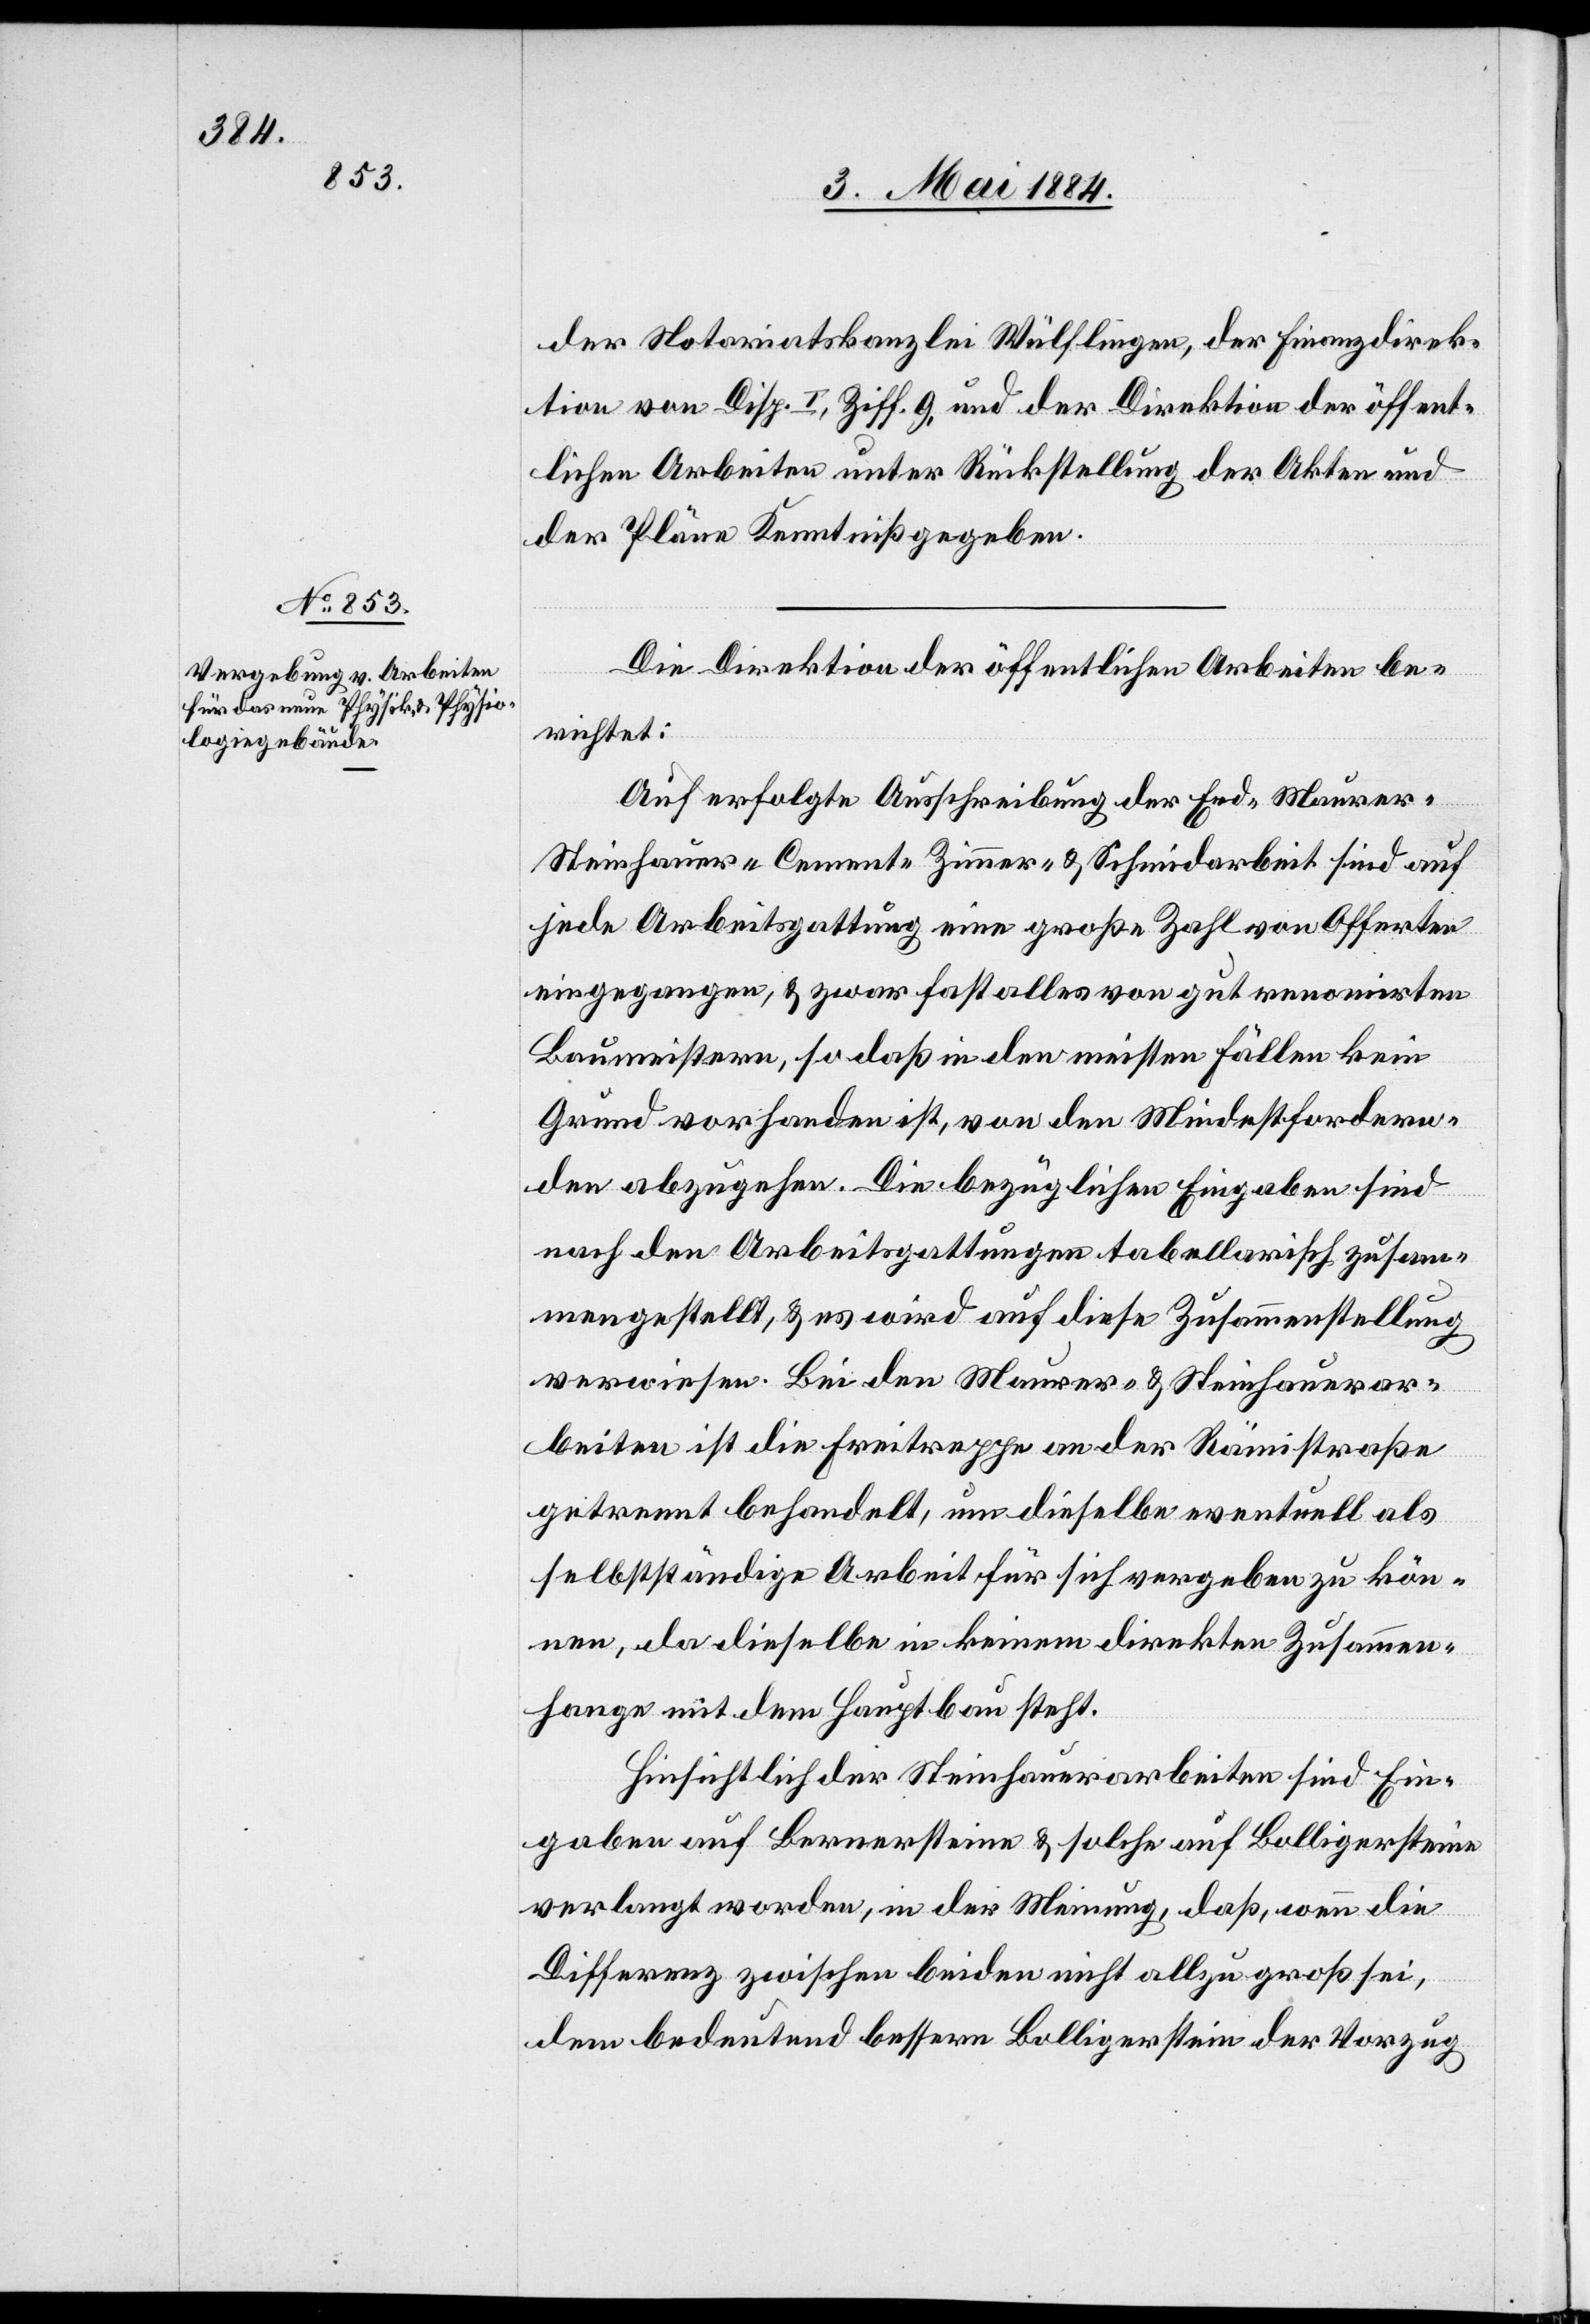
der Notariatskanzlei Wülflingen, der Finanzdirek¬
tion von Disp. I, Ziff. 9. und der Direktion der öffent¬
lichen Arbeiten unter Rückstellung der Akten und
der Pläne Kenntniß gegeben.
Die Direktion der öffentlichen Arbeiten be¬
richtet:
Auf erfolgte Ausschreibung der Erd-[,] Maurer-[,]
Steinhauer-[,] Cement-[,] Zimmer- & Schmidarbeit sind auf
jede Arbeitsgattung eine große Zahl von Offerten
eingegangen, & zwar fast alles von gut renomirten
Baumeistern, so daß in den meisten Fällen kein
Grund vorhanden ist, von den Mindestfordern¬
den abzugehen. Die bezüglichen Eingaben sind
nach den Arbeitsgattungen tabellarisch zusam¬
mengestellt, & es wird auf diese Zusammenstellung
verwiesen. Bei den Maurer- & Steinhauerar¬
beiten ist die Freitreppe an der Rämistraße
getrennt behandelt, um dieselbe eventuell als
selbstständige Arbeit für sich vergeben zu kön¬
nen, da dieselbe in keinem direkten Zusammen¬
hange mit dem Hauptbau steht.
Hinsichtlich der Steinhauerarbeiten sind Ein¬
gaben auf Bernersteine & solche auf Bolligersteine
verlangt worden, in der Meinung, daß, wenn die
Differenz zwischen beiden nicht allzu groß sei,
dem bedeutend bessern Bolligerstein der Vorzug